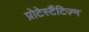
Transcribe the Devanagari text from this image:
प्रोटेस्टैंटिज़्म